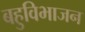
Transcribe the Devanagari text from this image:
बहुविभाजन